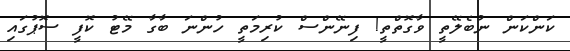
ކަންކަން ނުބެލޭތީ ވާގޮތްތީ! ފިނޭންސް ކުރިމަތީ ހުންނަ ބާގާ މޭޓު ކޮފީ ސޮޕުގައި